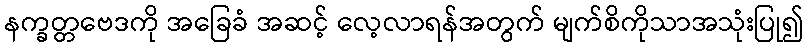
နက္ခတ္တဗေဒကို အခြေခံ အဆင့် လေ့လာရန်အတွက် မျက်စိကိုသာအသုံးပြု၍